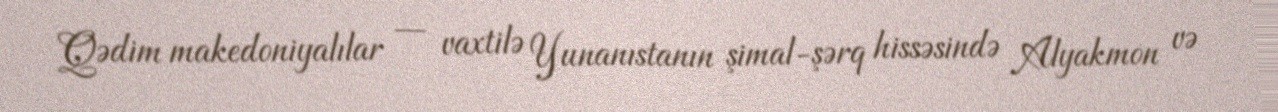
Qədim makedoniyalılar — vaxtilə Yunanıstanın şimal-şərq hissəsində Alyakmon və